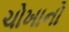
ચોખાનો